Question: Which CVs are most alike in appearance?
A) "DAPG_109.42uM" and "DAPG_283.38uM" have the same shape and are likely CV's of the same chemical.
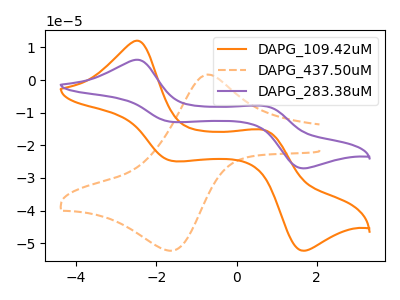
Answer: <think>The orange curve "DAPG_109.42uM" has anodic peaks at (-2.50V, 12.10uA) (0.70V, -15.35uA) and cathodic peaks at (-1.60V, -24.80uA) (1.65V, -52.30uA). The orange dashed curve "DAPG_437.50uM" has an anodic peak at (-0.75V, 1.70uA) and a cathodic peak at (-1.65V, -52.30uA). The purple curve "DAPG_283.38uM" has anodic peaks at (-2.50V, 6.25uA) (0.70V, -7.95uA) and cathodic peaks at (-1.60V, -12.80uA) (1.65V, -27.05uA).
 "DAPG_109.42uM" and "DAPG_437.50uM" have a different number of peaks. All the peaks in "DAPG_109.42uM" have a peak in "DAPG_283.38uM" at the same potential. "DAPG_437.50uM" and "DAPG_283.38uM" have a different number of peaks.</think>
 <answer>A) "DAPG_109.42uM" and "DAPG_283.38uM" have the same shape and are likely CV's of the same chemical.</answer>
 <eval>A</eval>